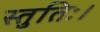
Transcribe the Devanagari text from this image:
स्तुतिः।